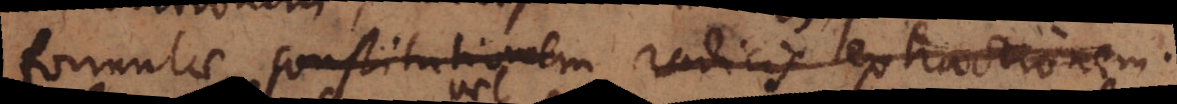
formulae constitutionem radicis extractionem.